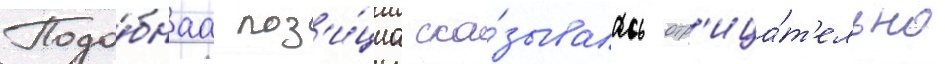
Подо́бнаа поз'и́циа ска́зывалась отр'ица́т'ельно